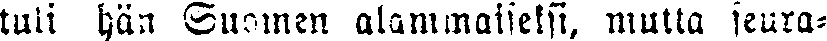
tuli hän Suomen alammaiseksi, mutta seura-